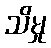
သိမှု